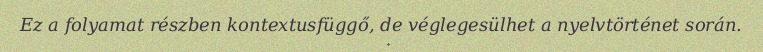
Ez a folyamat részben kontextusfüggő, de véglegesülhet a nyelvtörténet során.